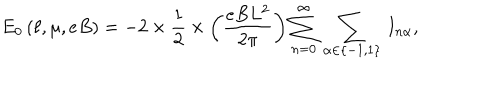
E _ { 0 } \left( \ell , \mu , e B \right) = - 2 \times \frac { 1 } { 2 } \times \left( \frac { e B L ^ { 2 } } { 2 \pi } \right) \sum _ { n = 0 } ^ { \infty } \, \sum _ { \alpha \in \left\{ - 1 , 1 \right\} } \, I _ { n \alpha } ,